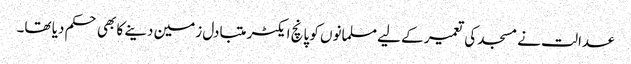
عدالت نے مسجد کی تعمیر کے لیے مسلمانوں کو پانچ ایکٹر متبادل زمین دینے کا بھی حکم دیا تھا۔